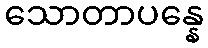
သောတာပန္နေ